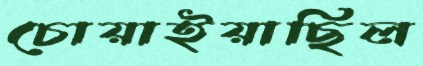
চোয়াইয়াছিল